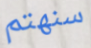
سنهتم